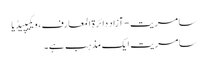
سامریت - آزاد دائرۃ المعارف، ویکیپیڈیا
سامریت ایک مذہب ہے۔